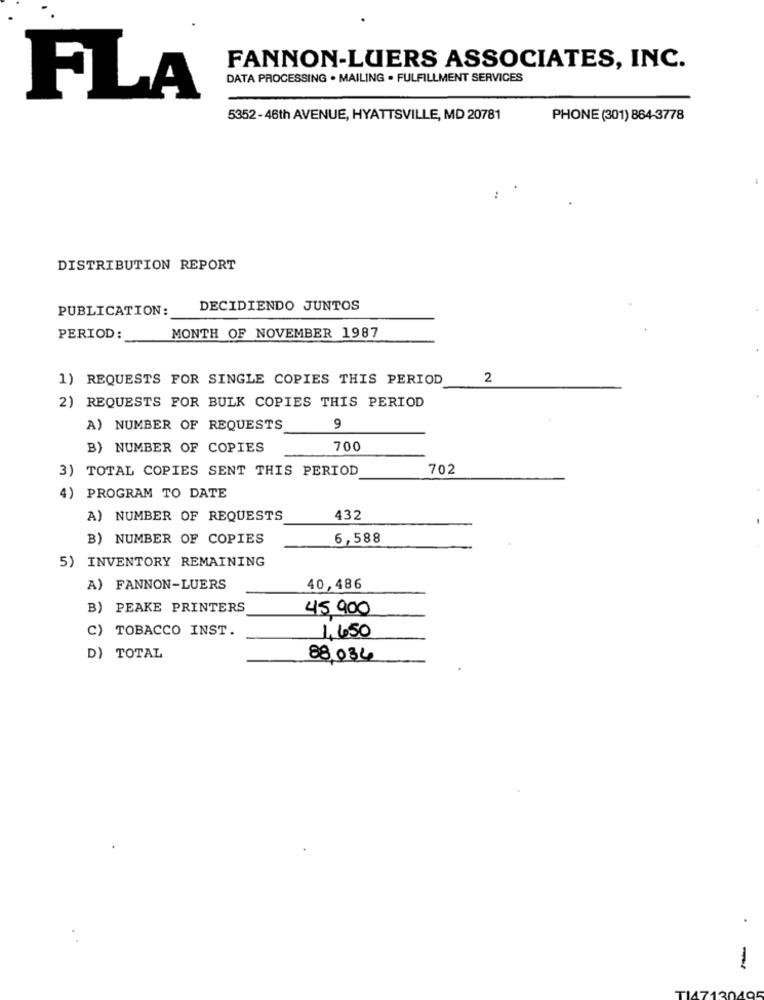
FANNON-LUERS ASSOCIATES, INC.
DATA PROCESSING . MAILING . FULFILLMENT SERVICES
FLA
5352-46th AVENUE, HYATTSVILLE, MD 20781
PHONE (301) 864-3778
DISTRIBUTION REPORT
PUBLICATION:
DECIDIENDO JUNTOS
PERIOD:
MONTH OF NOVEMBER 1987
1) REQUESTS FOR SINGLE COPIES THIS PERIOD
2
2) REQUESTS FOR BULK COPIES THIS PERIOD
A) NUMBER OF REQUESTS
9
B) NUMBER OF COPIES
700
3) TOTAL COPIES SENT THIS PERIOD
702
4) PROGRAM TO DATE
A) NUMBER OF REQUESTS
432
B) NUMBER OF COPIES
6,588
5) INVENTORY REMAINING
A) FANNON-LUERS
40,486
B) PEAKE PRINTERS
45 900
) TOBACCO INST.
1,650
D) TOTAL
88,034
-